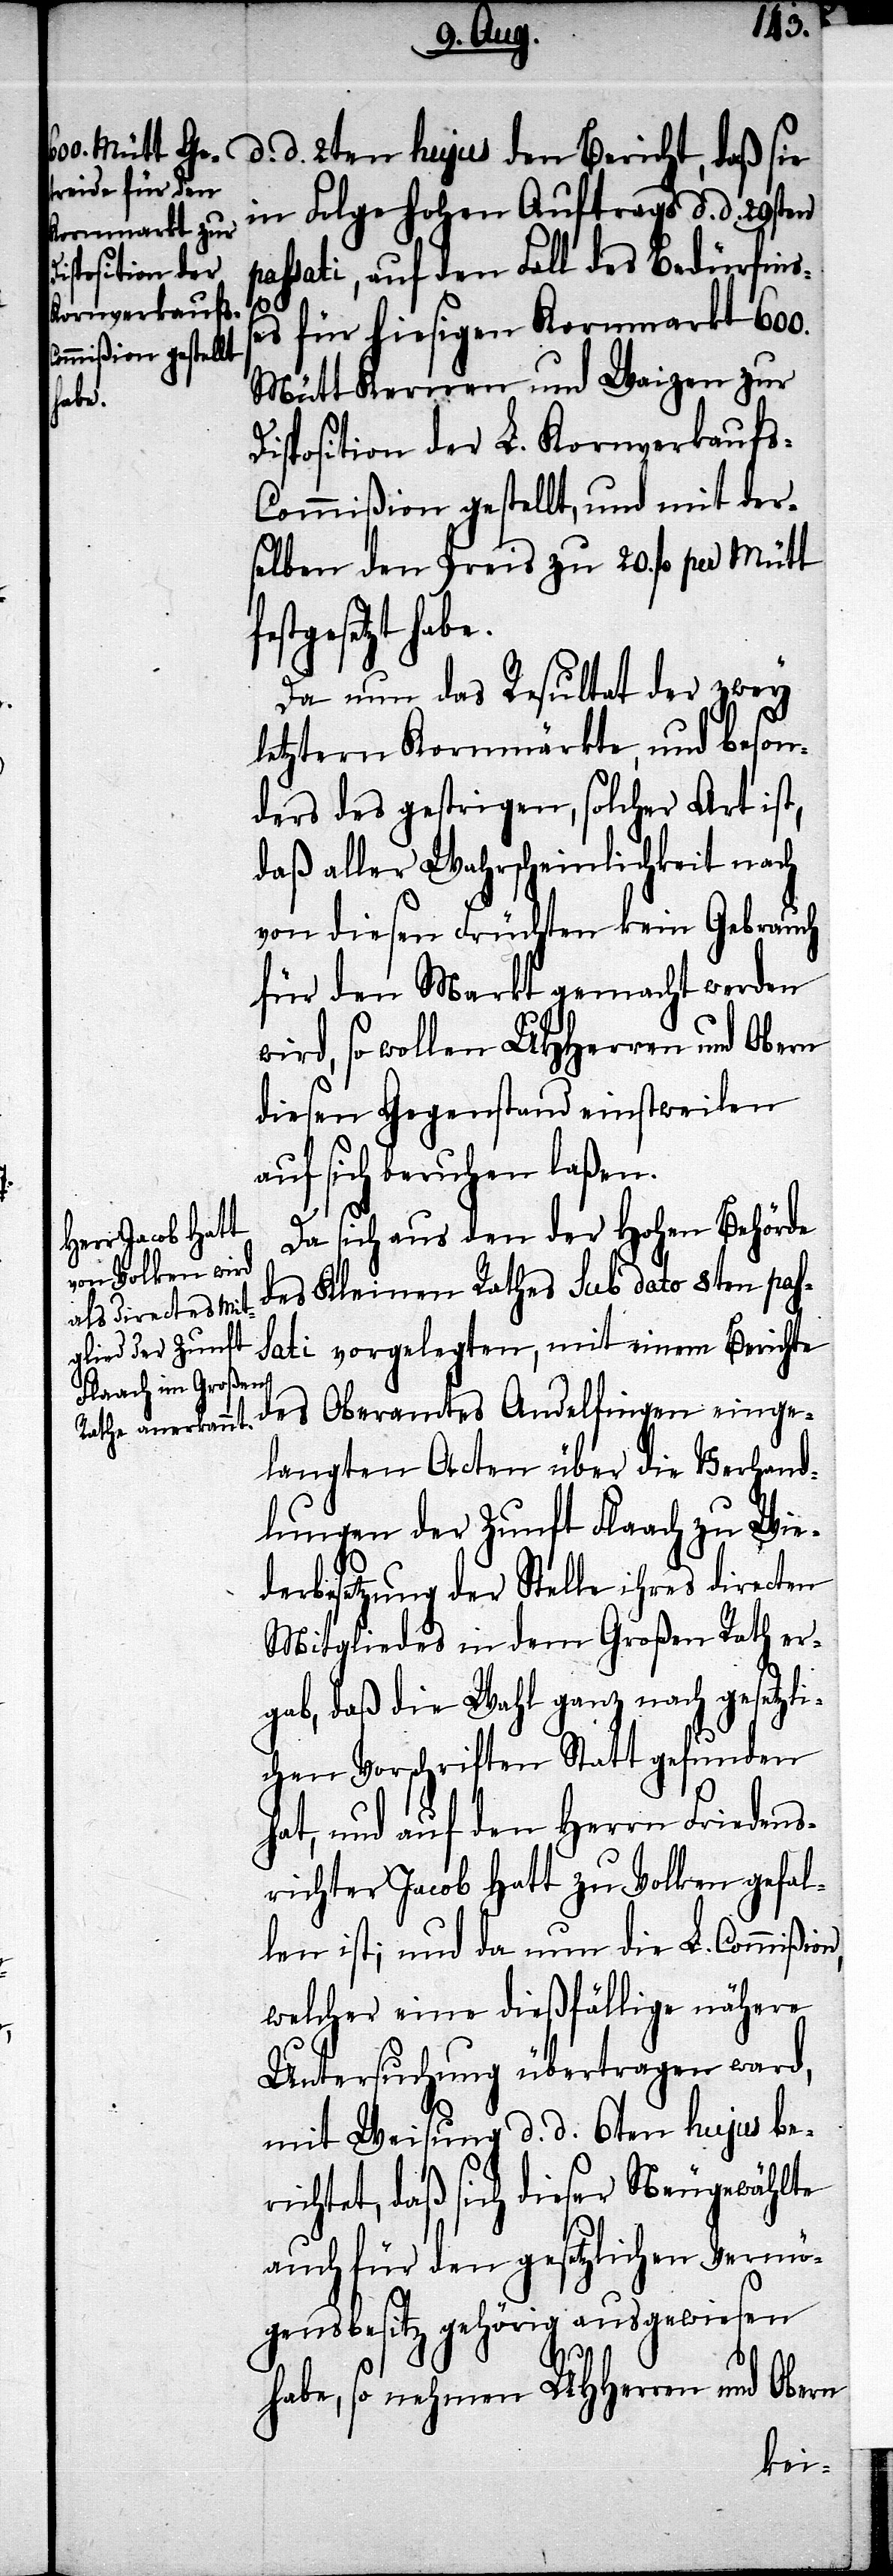
on,
d. d. 2ten hujus den Bericht, daß sie
der Folge hohen Auftrags d. d. 29sten
passati, auf den Fall des Bedürfniß¬
es für hiesigen Kornmarkt 600.
Mütt Kernen und Waizen zur
Disposition der L. Kornverkauf¬
s-Commißion gestellt, und mit der¬
selben den Preis zu 20. fl. per Mütt
stgesetzt habe.
Da nun das Resultat der zwey
letztern Kornmärkte, und beson¬
ders des gestrigen, solcher Art ist,
daß aller Wahrscheinlichkeit nach
von diesen Früchten kein Gebrauch
für den Markt gemacht worden
wird, so wollen UHHerren und Obern
diesen Gegenstand einstweilen
auf sich beruhen laßen.
Da sich aus den der Hohen Behörde
des Kleinen Rathes sub dato 8ten pas¬
sati vorgelegten, mit einem Berichte
des Oberamtes Andelfingen einge¬
langten Acten über die Verhand¬
lungen der Zunft Flaach zu Wie¬
derbesetzung der Stelle ihres directen
Mitgliedes in dem Großen Rath er¬
gab, daß die Wahl ganz nach gesetzl¬
ichen Vorschriften Statt gefunden
hat, und auf den Herrn Friedens¬
richter Jacob Hatt zu Volken gefal¬
len ist; und da nun die L. Commißi¬
welcher eine dießfällige nähere
Untersuchung übertragen ward,
mit Weisung d. d. 6ten hujus be¬
richtet, daß sich dieser Neugewählte
auch für den gesetzlichen Vermö¬
gensbesitz gehörig ausgewiesen
habe, so nehmen UHHerren und Obern